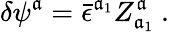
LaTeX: \delta\psi^{\mathfrak{a}}={\bar{{\epsilon}}}^{\mathfrak{a}_{1}}Z_{\mathfrak{a}_{1}}^{\mathfrak{a}}\ .